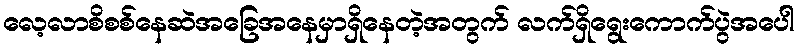
လေ့လာစိစစ်နေဆဲအခြေအနေမှာရှိနေတဲ့အတွက် လက်ရှိရွေးကောက်ပွဲအပေါ